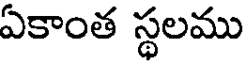
ఏకాంత స్థలము